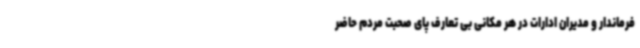
فرماندار و مدیران ادارات در هر مکانی بی تعارف پای صحبت مردم حاضر